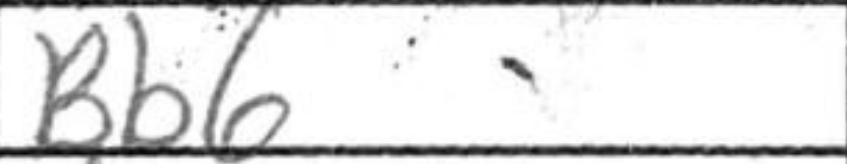
Transcription: Bb6